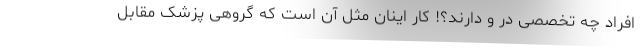
افراد چه تخصصی در و دارند؟! کار اینان مثل آن است که گروهی پزشک مقابل